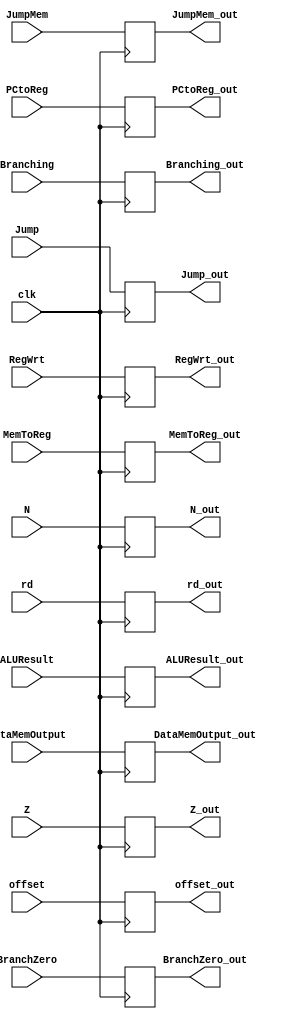
`timescale 1ns / 1ps
//////////////////////////////////////////////////////////////////////////////////
// Company: 
// Engineer: 
// 
// Design Name: 
// Module Name: EXWB
// Project Name: 
// Target Devices: 
// Tool Versions: 
// Description: 
// 
// Dependencies: 
// 
// Revision:
// Revision 0.01 - File Created
// Additional Comments:
// 
//////////////////////////////////////////////////////////////////////////////////


module EXWB(clk, RegWrt, MemToReg, PCtoReg, Branching, BranchZero, Jump, JumpMem, N, Z, ALUResult,
             DataMemOutput, offset, rd, RegWrt_out, MemToReg_out, PCtoReg_out, Branching_out, BranchZero_out,
             Jump_out, JumpMem_out, N_out, Z_out, ALUResult_out, DataMemOutput_out, offset_out, rd_out);
    input clk, RegWrt, MemToReg, PCtoReg, Branching, BranchZero, Jump, JumpMem, N, Z;
    input [31:0] ALUResult;
    input [31:0] DataMemOutput;
    input [31:0] offset;
    input [5:0] rd;
    output reg RegWrt_out, MemToReg_out, PCtoReg_out, Branching_out, BranchZero_out, Jump_out, JumpMem_out, N_out, Z_out;
    output reg [31:0] ALUResult_out;
    output reg [31:0] DataMemOutput_out;
    output reg [31:0] offset_out;
    output reg [5:0] rd_out;
    
    always@(posedge clk) begin //passes through values to align execution times
        RegWrt_out = RegWrt;
        MemToReg_out = MemToReg;
        PCtoReg_out = PCtoReg;
        Branching_out = Branching;
        BranchZero_out = BranchZero;
        Jump_out = Jump;
        JumpMem_out = JumpMem;
        N_out = N;
        Z_out = Z;
        ALUResult_out = ALUResult;
        DataMemOutput_out = DataMemOutput;
        offset_out = offset;
        rd_out = rd;
    end
endmodule